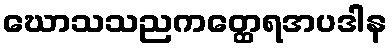
ဃောသသညကတ္ထေရအပဒါန